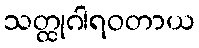
သတ္ထုဂါရဝတာယ